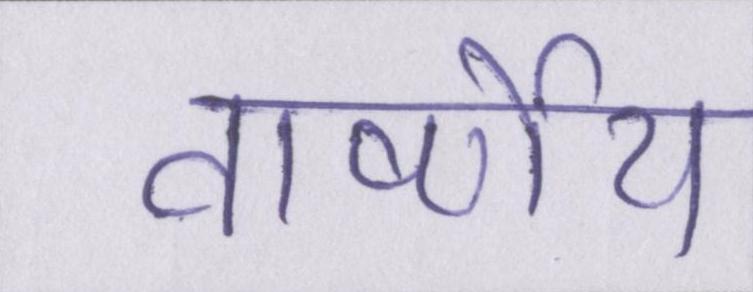
वार्ष्णेय